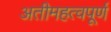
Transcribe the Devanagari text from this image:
अतीमहत्वपूर्ण